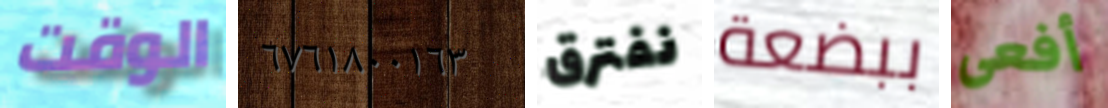
الوقت ٦٧٦١٨٠٠١٦٣ نفترق ببضعة أفعى